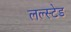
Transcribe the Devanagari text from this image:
लल्स्टेड